Annual report on the health of the army in India
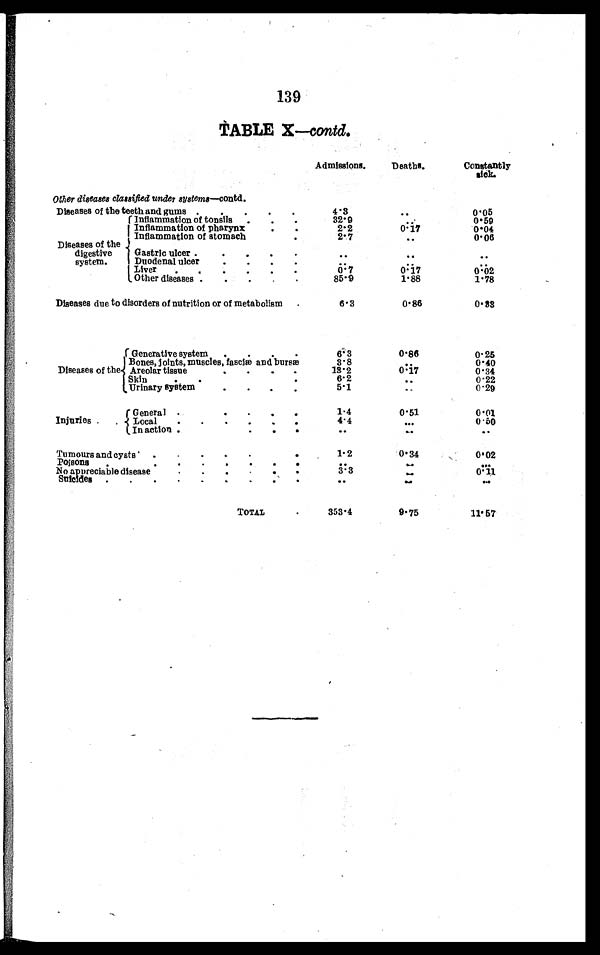
139
TABLE X—contd.
Admissions.
Deaths.
Constantly
sick.
Other diseases classified under systems—contd.
Diseases of the teeth and gums . . .
4.3
. . .
0.05
Diseases of the
digestive
system.
Inflammation of tonsils. . .
32.9
. . .
0.59
Inflammation of pharynx . . .
2.2
0.17
0.04
Inflammation of stomach. . .
2.7
. . .
0.06
Gastric ulcer . . .
. . .
. . .
. . .
Duodenal ulcer . . .
. . .
. . .
. . .
Liver . . .
0.7
0.17
0.02
Other diseases . . .
85.9
1.88
1.78
Diseases due to disorders of nutrition or of metabolism . . .
6.3
0 . 8 6
0.33
Diseases of the
Generative system . . .
6.3
0.86
0. 25
Bones, joints, muscles, fasciæ and bursæ
3.8
. . .
0.40
13.2
0.34
Areolar tissue
0.17
Skin . . .
6.2
. . .
0.22
Urinary system
. . .
5 . 1
0.29
. . .
Injuries.
General . . .
1.4
0.51
0.01
Local . . .
4.4
0.50
. . .
In action . . .
. . .
. . .
. . .
Tumours and cysts . . .
1.2
0.34
0.02
Poisons . . .
. . .
. . .
. . .
3.3
No ap preciable disease . . .
. . .
0 . 1 1
Suicides . . .
. . .
. . .
. . .
T O T A L . . .
353 . 4
9.75
11.57